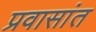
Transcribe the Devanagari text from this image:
प्रवासांत